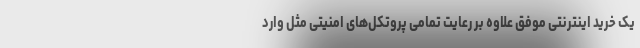
یک خرید اینترنتی موفق علاوه بر رعایت تمامی پروتکل‌های امنیتی مثل وارد